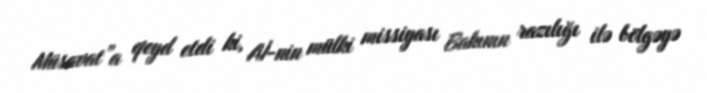
Müsavat”a qeyd etdi ki, Aİ-nin mülki missiyası Bakının razılığı ilə bölgəyə